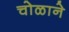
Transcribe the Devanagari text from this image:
चोळाने